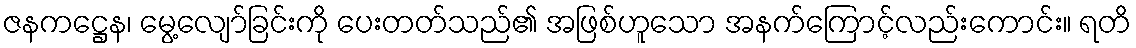
ဇနကဋ္ဌေန၊ မွေ့လျော်ခြင်းကို ပေးတတ်သည်၏ အဖြစ်ဟူသော အနက်ကြောင့်လည်းကောင်း။ ရတိ